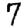
Digit: 7